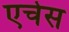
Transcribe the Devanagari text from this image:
एचेस